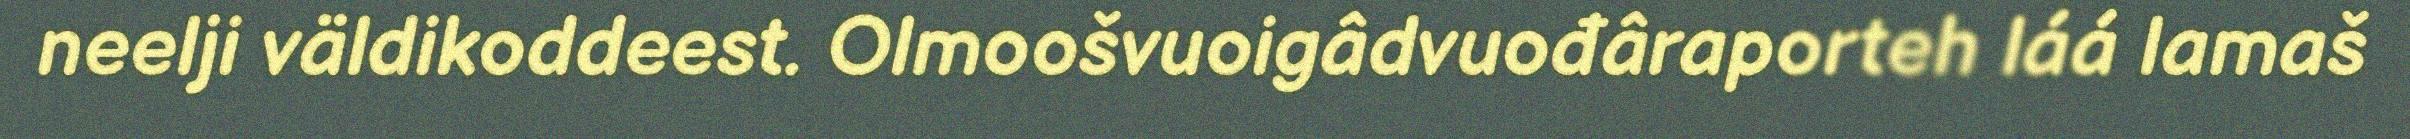
neelji väldikoddeest. Olmoošvuoigâdvuođâraporteh láá lamaš